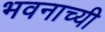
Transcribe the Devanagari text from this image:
भवनाच्यी